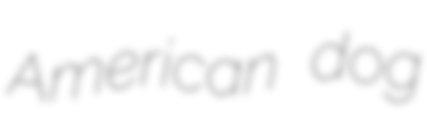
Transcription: American dog